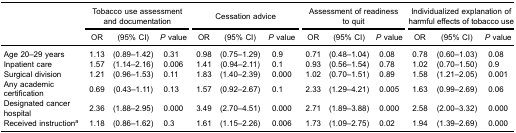
<table><thead><tr><td><b> </b></td><td colspan="3"><b>Tobacco use assessmentand documentation</b></td><td colspan="3"><b>Cessation advice</b></td><td colspan="3"><b>Assessment of readiness to quit</b></td><td colspan="3"><b>Individualized explanation ofharmful effects of tobacco use</b></td></tr><tr><td><b> </b></td><td><b>OR</b></td><td><b>(95% CI)</b></td><td><b><i>P</i> value</b></td><td><b>OR</b></td><td><b>(95% CI)</b></td><td><b><i>P</i> value</b></td><td><b>OR</b></td><td><b>(95% CI)</b></td><td><b><i>P</i> value</b></td><td><b>OR</b></td><td><b>(95% CI)</b></td><td><b><i>P</i> value</b></td></tr></thead><tbody><tr><td>Age 20–29 years</td><td>1.13</td><td>(0.89–1.42)</td><td>0.31</td><td>0.98</td><td>(0.75–1.29)</td><td>0.9</td><td>0.71</td><td>(0.48–1.04)</td><td>0.08</td><td>0.78</td><td>(0.60–1.03)</td><td>0.08</td></tr><tr><td>Inpatient care</td><td>1.57</td><td>(1.14–2.16)</td><td>0.006</td><td>1.41</td><td>(0.94–2.11)</td><td>0.1</td><td>0.93</td><td>(0.56–1.54)</td><td>0.78</td><td>1.02</td><td>(0.70–1.50)</td><td>0.9</td></tr><tr><td>Surgical division</td><td>1.21</td><td>(0.96–1.53)</td><td>0.11</td><td>1.83</td><td>(1.40–2.39)</td><td>0.000</td><td>1.02</td><td>(0.70–1.51)</td><td>0.89</td><td>1.58</td><td>(1.21–2.05)</td><td>0.001</td></tr><tr><td>Any academic certification</td><td>0.69</td><td>(0.43–1.11)</td><td>0.13</td><td>1.57</td><td>(0.92–2.67)</td><td>0.1</td><td>2.33</td><td>(1.29–4.21)</td><td>0.005</td><td>1.63</td><td>(0.99–2.69)</td><td>0.06</td></tr><tr><td>Designated cancer hospital</td><td>2.36</td><td>(1.88–2.95)</td><td>0.000</td><td>3.49</td><td>(2.70–4.51)</td><td>0.000</td><td>2.71</td><td>(1.89–3.88)</td><td>0.000</td><td>2.58</td><td>(2.00–3.32)</td><td>0.000</td></tr><tr><td>Received instruction<sup>a</sup></td><td>1.18</td><td>(0.86–1.62)</td><td>0.3</td><td>1.61</td><td>(1.15–2.26)</td><td>0.006</td><td>1.73</td><td>(1.09–2.75)</td><td>0.02</td><td>1.94</td><td>(1.39–2.69)</td><td>0.000</td></tr></tbody></table>